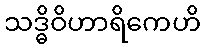
သဒ္ဓိဝိဟာရိကေဟိ